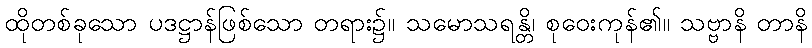
ထိုတစ်ခုသော ပဒဋ္ဌာန်ဖြစ်သော တရား၌။ သမောသရန္တိ၊ စုဝေးကုန်၏။ သဗ္ဗာနိ တာနိ